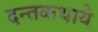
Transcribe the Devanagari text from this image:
दन्तकथाये